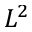
L ^ { 2 }